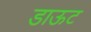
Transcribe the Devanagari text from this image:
डाऊट